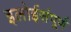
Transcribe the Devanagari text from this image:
इलोईसंपूर्ण